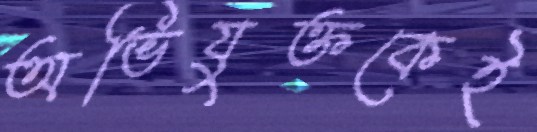
অভিযুক্তকেই